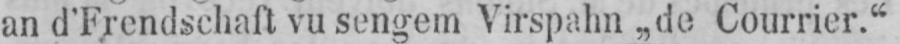
an d’Frendschaft vu sengem Virspahn „de Courrier.“